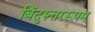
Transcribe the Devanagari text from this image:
बिंदुरुत्तररूपम्